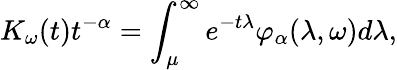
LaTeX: K_{\omega}(t)t^{-\alpha}=\int_{\mu}^{\infty}e^{-t\lambda}\varphi_{\alpha}(\lambda,\omega)d\lambda,